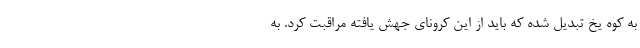
به کوه یخ تبدیل شده که باید از این کرونای جهش یافته مراقبت کرد. به